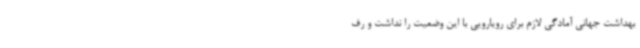
بهداشت جهانی آمادگی لازم برای رویارویی با این وضعیت را نداشت و رف